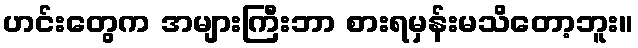
ဟင်းတွေက အများကြီးဘာ စားရမှန်းမသိတော့ဘူး။